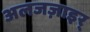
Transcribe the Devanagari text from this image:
अलजज़ाइर्